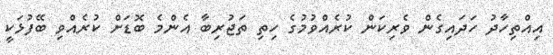
އިއްތިހާދު ހަދައިގެން ވެރިކަން ކުރެއްވުމުގެ ހިތި ތަޖުރިބާ އެންމެ ބޮޑަށް ކުރެއްވި ބޭފުޅަކީ